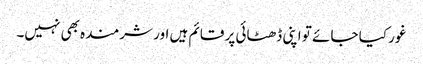
غور کیا جائے تو اپنی ڈھٹائی پر قائم ہیں اور شرمندہ بھی نہیں۔